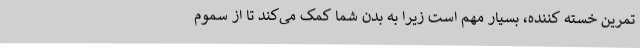
تمرین خسته کننده، بسیار مهم است زیرا به بدن شما کمک می‌کند تا از سموم